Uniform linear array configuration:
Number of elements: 64
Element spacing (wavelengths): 0.75
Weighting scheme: cosine
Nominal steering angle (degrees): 15
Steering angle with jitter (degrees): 14.944
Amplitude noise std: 0.05
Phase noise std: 0.05

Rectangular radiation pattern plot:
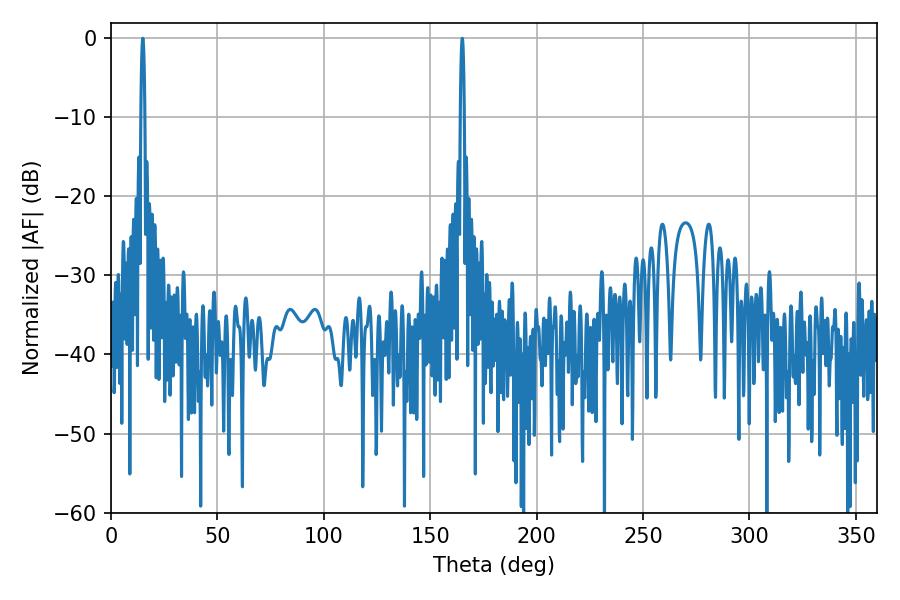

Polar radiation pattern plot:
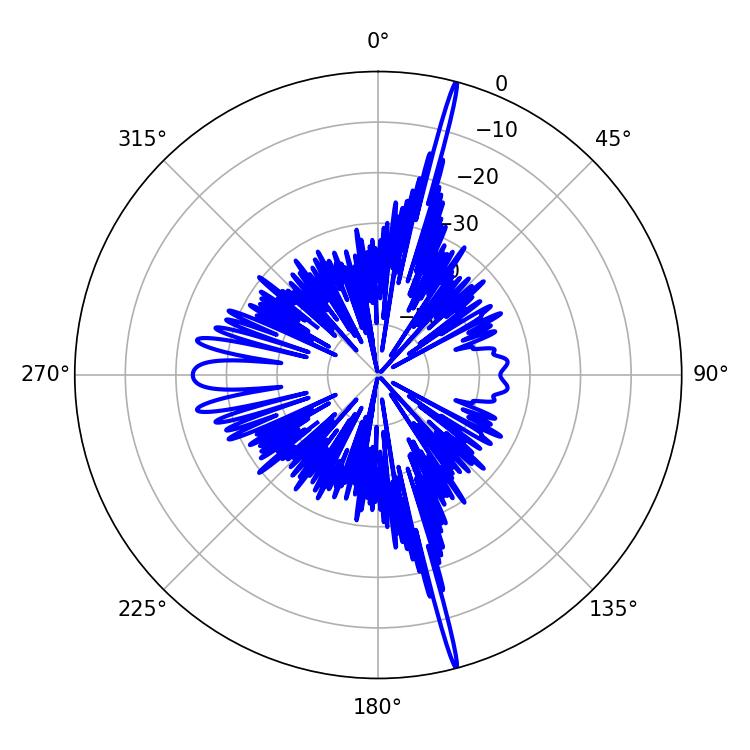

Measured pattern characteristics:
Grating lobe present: TRUE
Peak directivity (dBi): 23.121
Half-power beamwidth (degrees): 1.08
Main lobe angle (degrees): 14.94